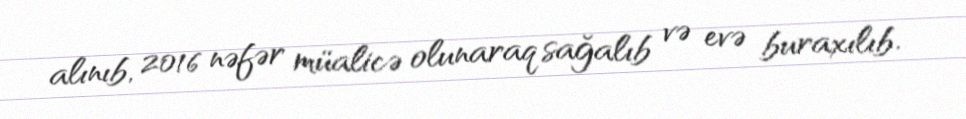
alınıb, 2016 nəfər müalicə olunaraq sağalıb və evə buraxılıb.